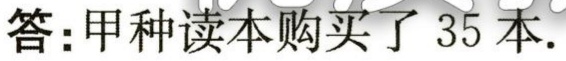
答：甲种读本购买了 35 本.